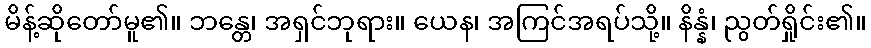
မိန့်ဆိုတော်မူ၏။ ဘန္တေ၊ အရှင်ဘုရား။ ယေန၊ အကြင်အရပ်သို့။ နိန္နံ၊ ညွတ်ရှိုင်း၏။